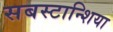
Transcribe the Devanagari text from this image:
सबस्टान्शिया